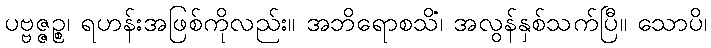
ပဗ္ဗဇ္ဇဉ္စ၊ ရဟန်းအဖြစ်ကိုလည်း။ အဘိရောစသိံ၊ အလွန်နှစ်သက်ပြီ။ သောပိ၊